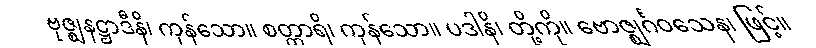
ဗုဇ္ဈနဋ္ဌာဒီနိ၊ ကုန်သော။ စတ္တာရိ၊ ကုန်သော။ ပဒါနိ၊ တို့ကို။ ဗောဇ္ဈင်္ဂဝသေန၊ ဖြင့်။